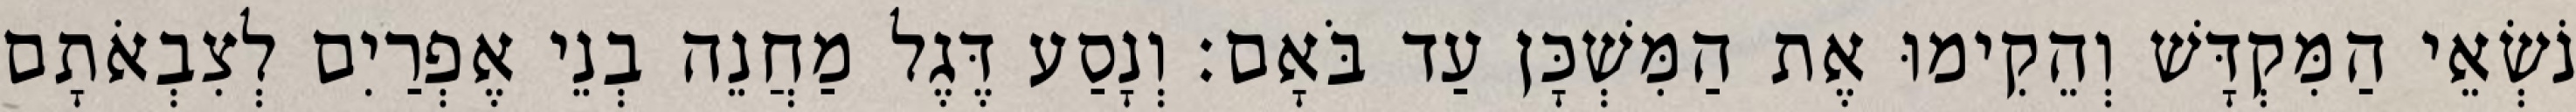
נֹשְׂאֵי הַמִּקְדָּשׁ וְהֵקִימוּ אֶת הַמִּשְׁכָּן עַד בֹּאָם׃ וְנָסַע דֶּגֶל מַחֲנֵה בְנֵי אֶפְרַיִם לְצִבְאֹתָם